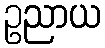
ဥညာယ